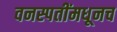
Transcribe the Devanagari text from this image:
वनस्पतींमधूनच